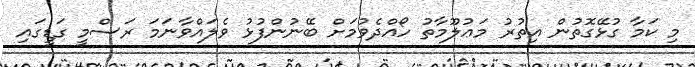
މި ކަމާ ގުޅޭގޮތުން އިތުރު މަޢުލޫމާތު ހޯއްދެވުމަށް ބޭނުންފުޅު ވެލައްވާނަމަ ރަސްމީ ގަޑީގައި